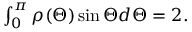
\begin{array} { r } { \int _ { 0 } ^ { \pi } \rho ( \Theta ) \sin { \Theta } d \Theta = 2 . } \end{array}